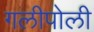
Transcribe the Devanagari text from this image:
गलीपोली